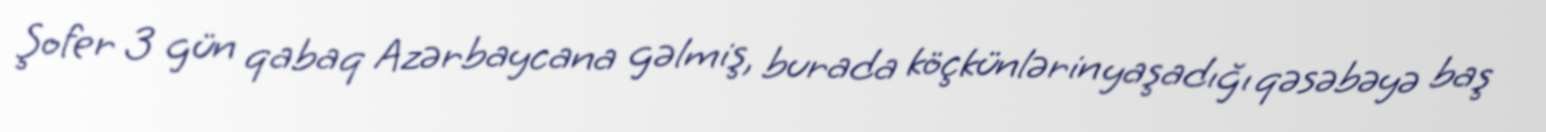
Şofer 3 gün qabaq Azərbaycana gəlmiş, burada köçkünlərin yaşadığı qəsəbəyə baş